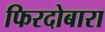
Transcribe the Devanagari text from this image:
फिरदोबारा